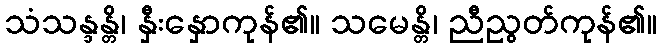
သံသန္ဒန္တိ၊ နှီးနှောကုန်၏။ သမေန္တိ၊ ညီညွတ်ကုန်၏။